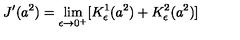
J ^ { \prime } ( a ^ { 2 } ) = \lim _ { \epsilon \to 0 ^ { + } } [ K _ { \epsilon } ^ { 1 } ( a ^ { 2 } ) + K _ { \epsilon } ^ { 2 } ( a ^ { 2 } ) ]